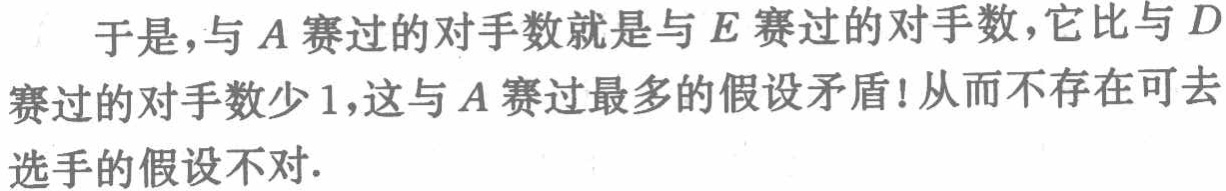
于是，与\(A\)赛过的对手数就是与\(E\)赛过的对手数，它比与\(D\)赛过的对手数少\(1\)，这与\(A\)赛过最多的假设矛盾！从而不存在可去选手的假设不对.